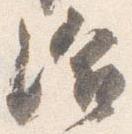
給